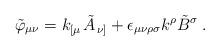
\begin{align*}\tilde{\varphi}_{\mu \nu} = k_{\left[ \mu \right.} \tilde{A}_{\left. \nu \right]} + \epsilon_{\mu \nu \rho \sigma} k^\rho \tilde{B}^\sigma \; .\end{align*}